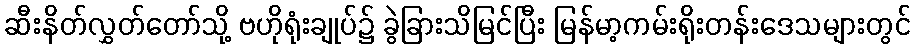
ဆီးနိတ်လွှတ်တော်သို့ ဗဟိုရုံးချုပ်၌ ခွဲခြားသိမြင်ပြီး မြန်မာ့ကမ်းရိုးတန်းဒေသများတွင်